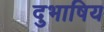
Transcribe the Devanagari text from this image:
दुभाषिय